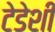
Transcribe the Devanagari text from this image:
टेडेशी